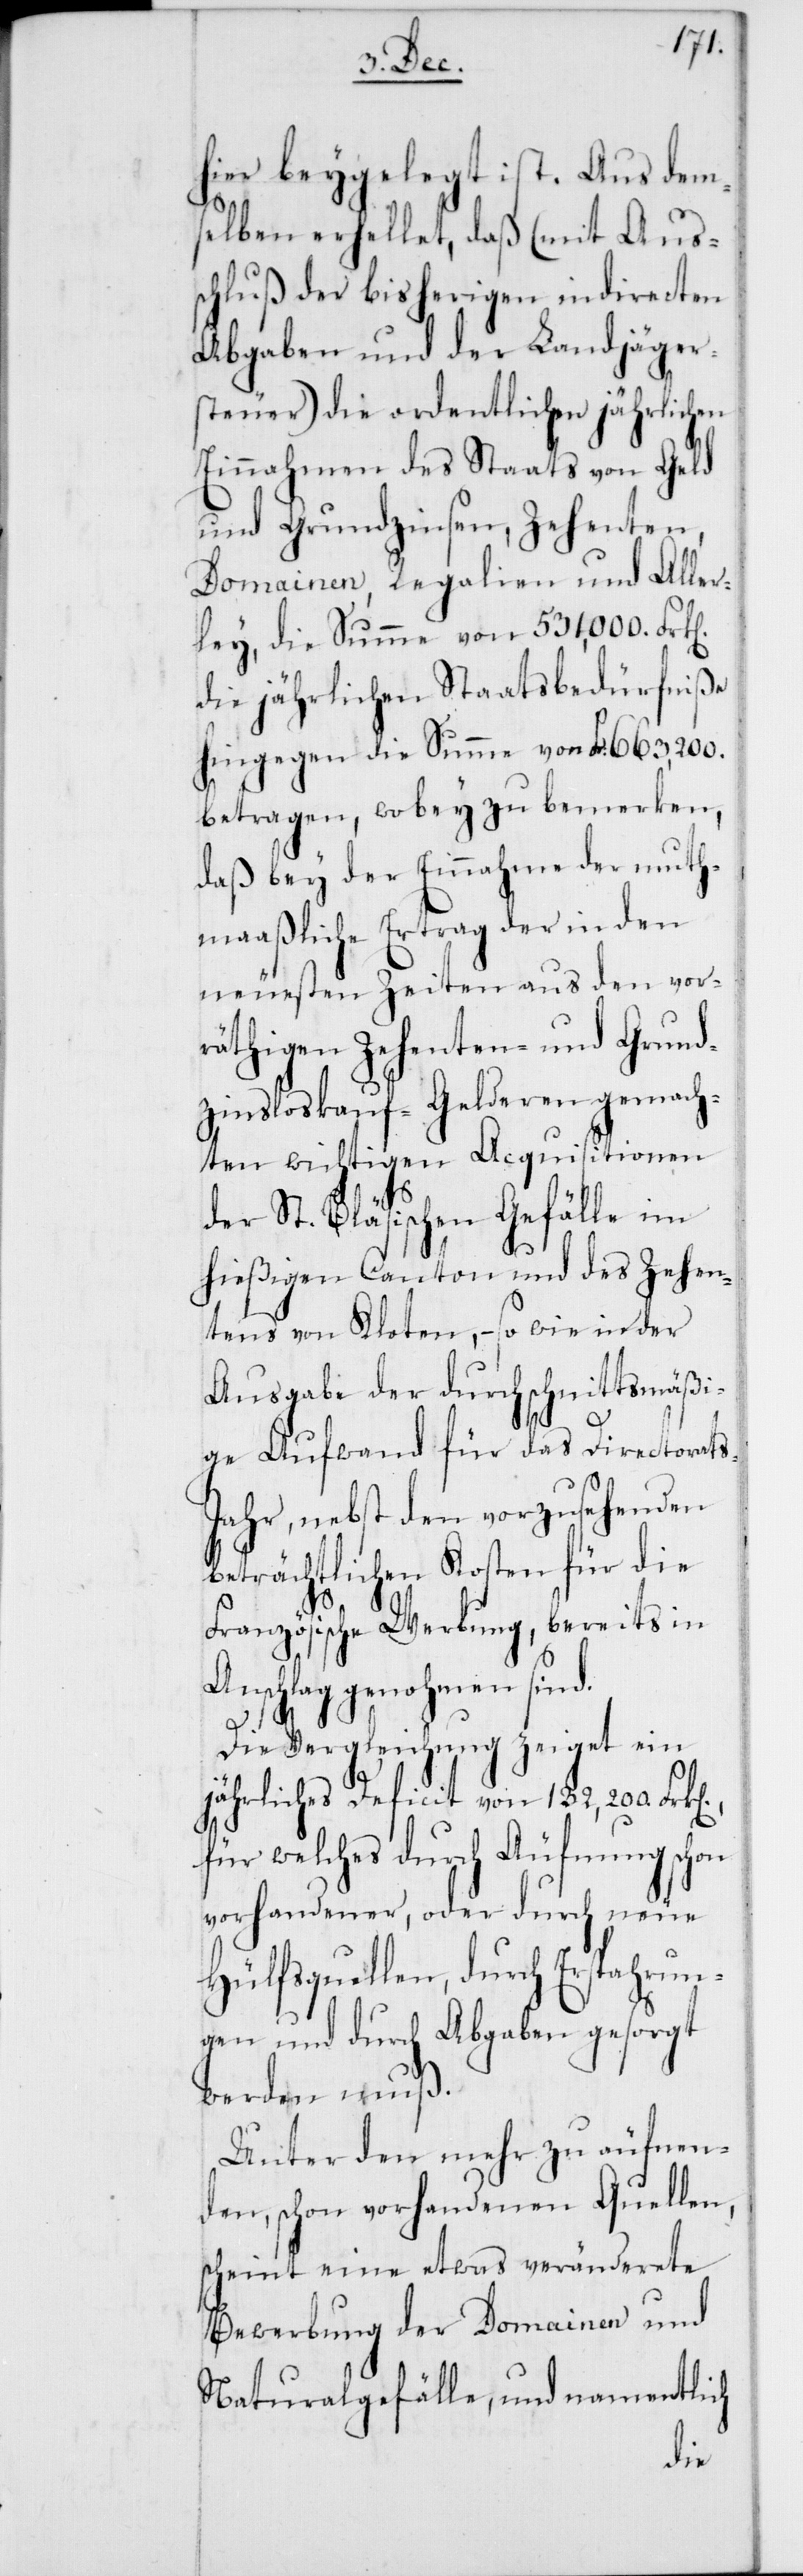
Aller¬
hier beygelegt ist. Aus dem¬
selben erhellet, daß (mit
us¬
chluß der bisherigen
Abgaben und der La¬
steuer) die ordentlic¬
Einnahmen des Staats von
und Grundzinsen,
Domainen, Regalien
ley, die Summe von 531,000.
die jährlichen Staatsbedürfniße
hingegen die Summe von
betragen, wobey zu b¬
daß bey der Einnahme
maaßliche Ertrag der in den
neuesten Zeiten aus den vor¬
räthigen Zehenten und Grund¬
zinsloskauf-Gelderen gemach¬
ten wichtigen Acquisitionen
der St. Bläsischen Gefälle im
hießigen Canton und des Zehen¬
n],
tens von Kloten, – so wie in
ehen¬
Ausgabe der durchschnit¬
ge Aufwand für das Directorat¬
den
ahr, nebst den vorz¬
beträchtlichen Kosten
Französische Werbung , bereits in
Anschlag genohmen sind.
Die Vergleichung zeiget ein
jährliches Deficit von 132,200. Frk[e¬
für welches durch Äufnung schon
vorhandener, oder durch neue
Hülfsquellen, durch Erspahrun¬
gen und durch Abgaben gesorgt
werden muß.
Unter den mehr zu äufnen¬
den, schon vorhandenen Quellen,
scheint eine etwas veränderete
Bewerbung der Domainen und
Naturalgefälle, und namentlich